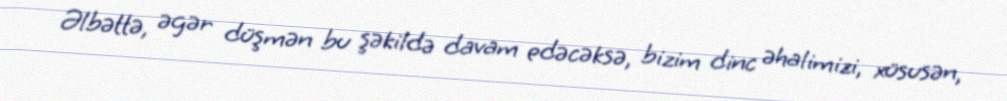
Əlbəttə, əgər düşmən bu şəkildə davam edəcəksə, bizim dinc əhalimizi, xüsusən,